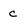
Character: c